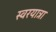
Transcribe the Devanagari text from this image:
स्वरयात्रा